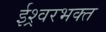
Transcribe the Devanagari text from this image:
ईश्र्वरभक्त